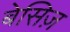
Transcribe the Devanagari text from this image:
बेसिज़